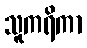
သူကရိကာ